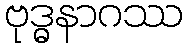
ဗုဒ္ဓနာဂဿ